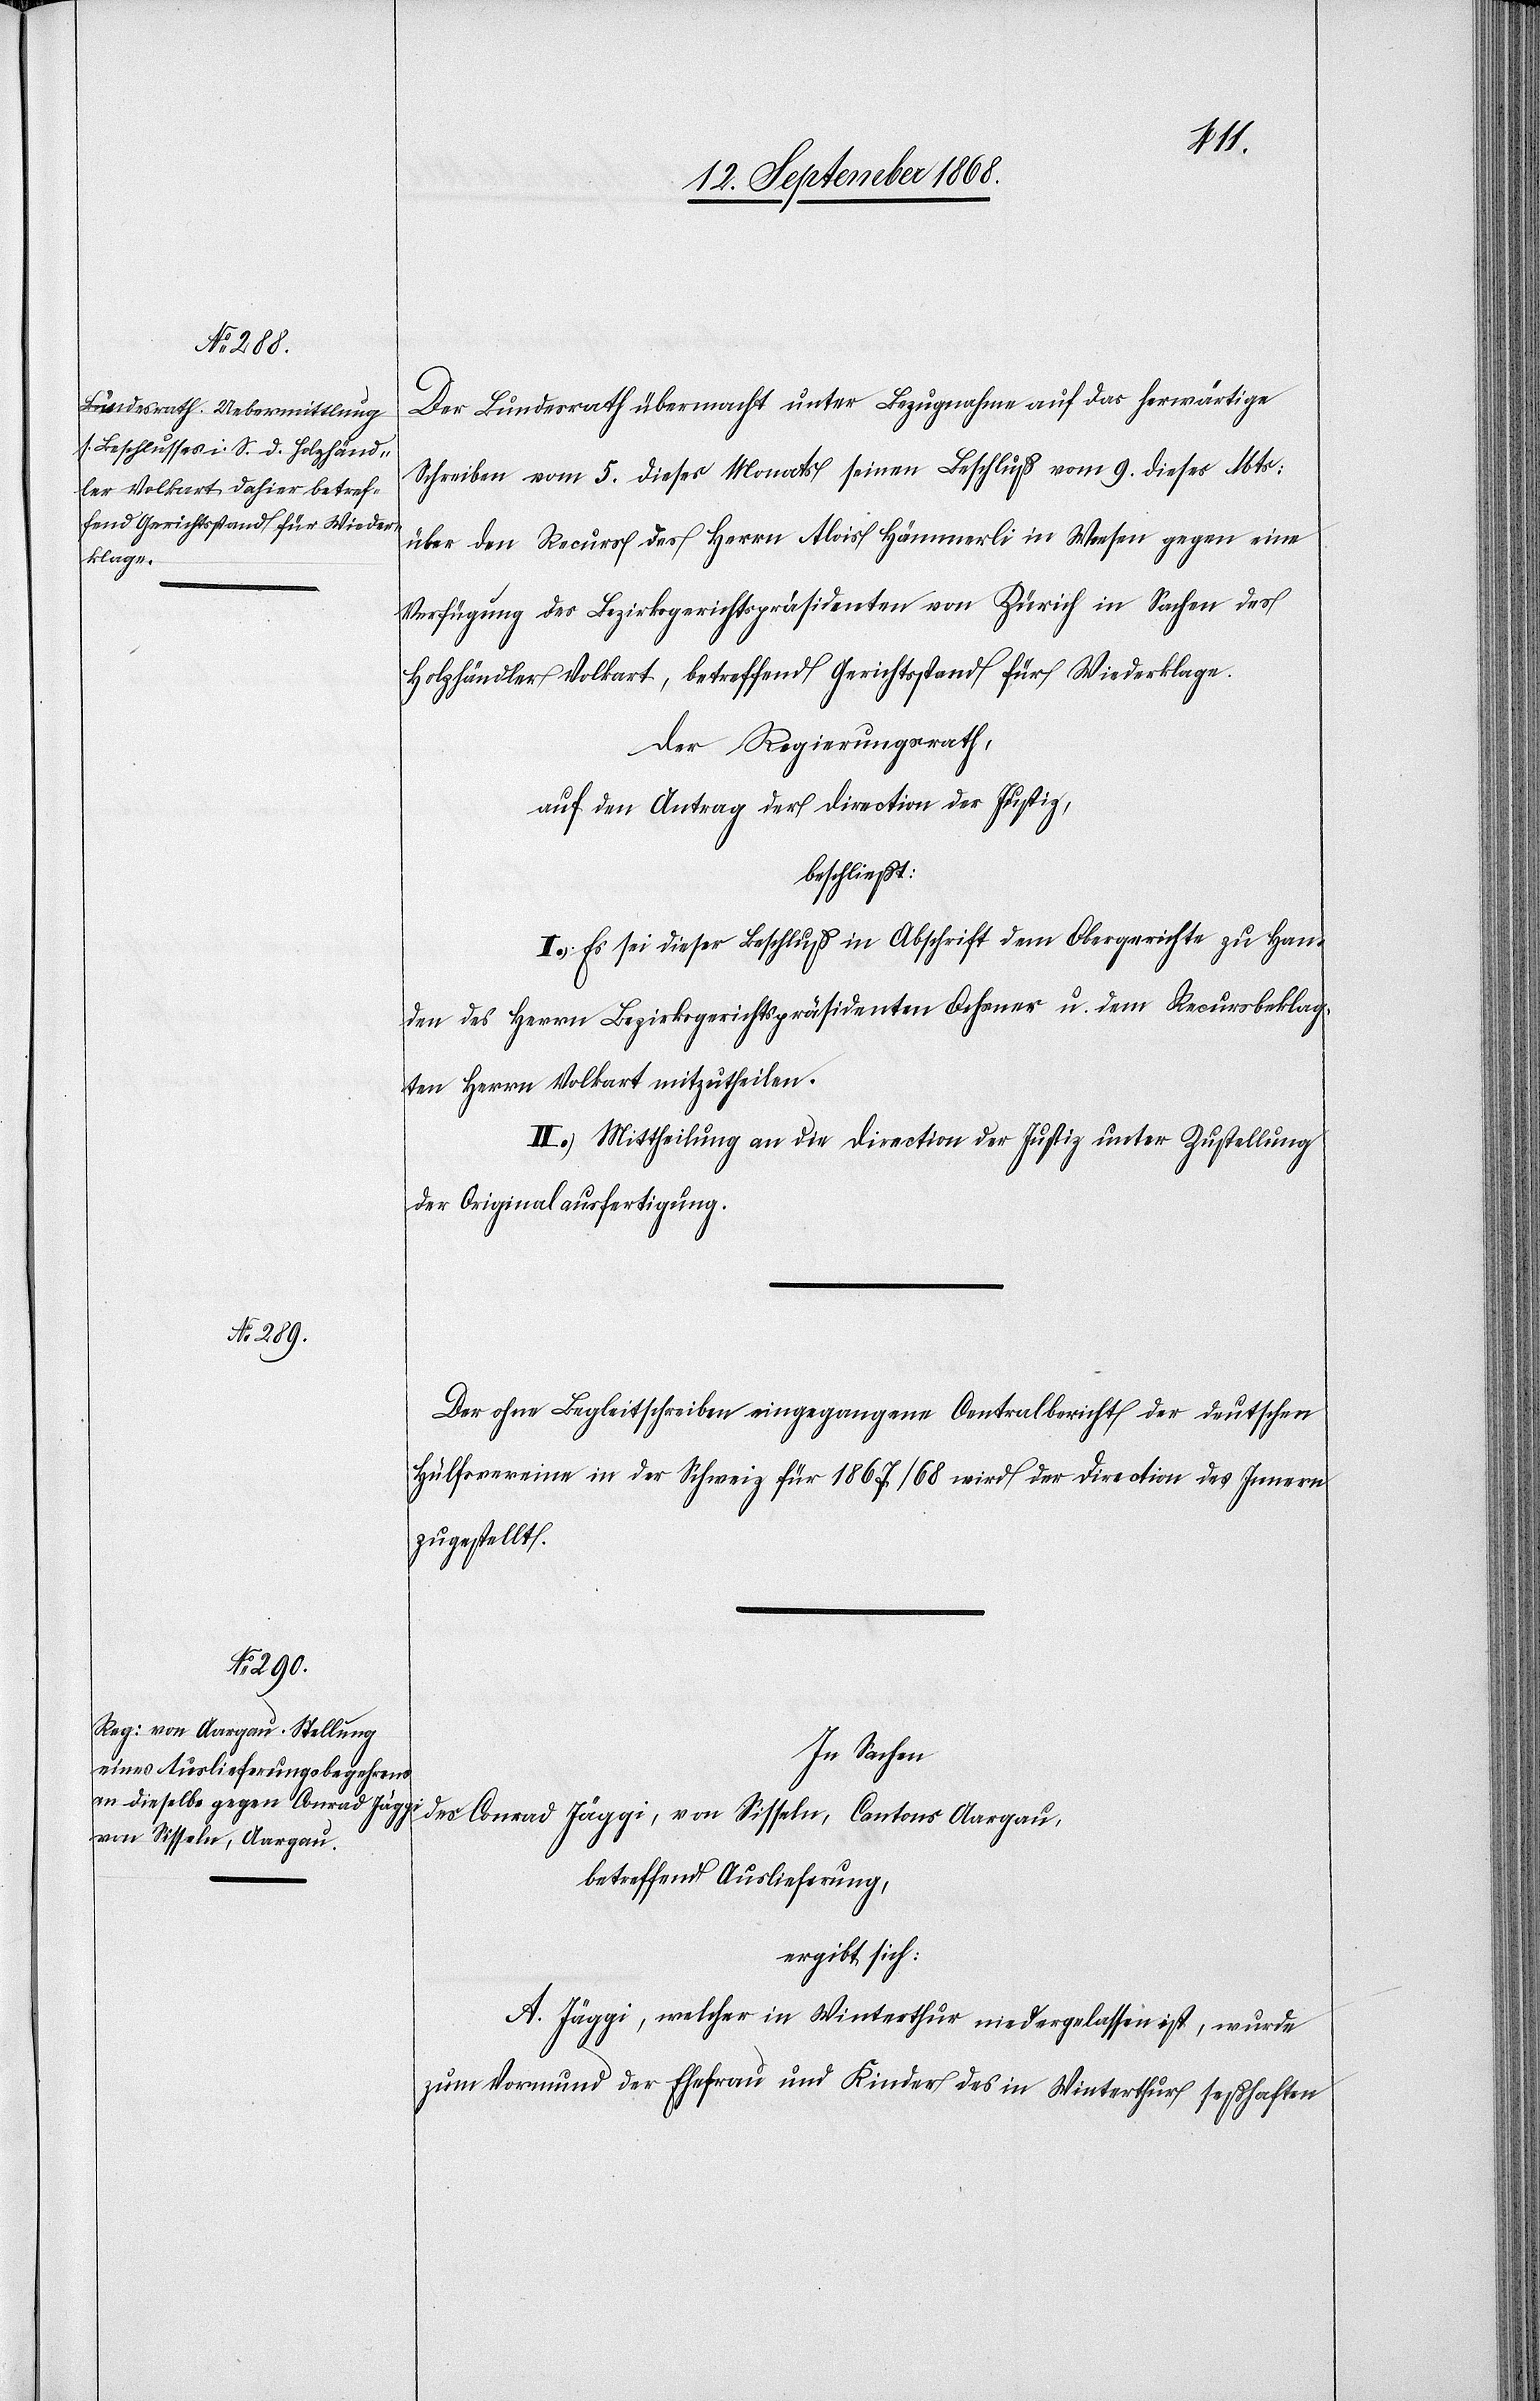
Der Bundesrath übermacht unter Bezugnahme auf das herwärtige
Schreiben vom 5. dieses Monats seinen Beschluß vom 9. dieses Mts:
über den Recurs des Herrn Alois Hämmerli in Weesen gegen eine
Verfügung des Bezirksgerichtspräsidenten von Zürich in Sachen des
Holzhändler Volkart, betreffend Gerichtsstand für Wiederklage.
Der Regierungsrath,
auf den Antrag der Direction der Justiz,
beschließt:
I.) Es sei dieser Beschluß in Abschrift dem Obergerichte zu Han¬
den des Herrn Bezirksgerichtspräsidenten Ochsner u. dem Recursbeklag¬
ten Herrn Volkart mitzutheilen.
II.) Mittheilung an die Direction der Justiz unter Zustellung
der Originalausfertigung.
Der ohne Begleitschreiben eingegangene Centralbericht der deutschen
Hülfsvereine in der Schweiz für 1867/68 wird der Direction des Innern
zugestellt.
In Sachen
des Conrad Jäggi, von Sisseln, Cantons Aargau,
betreffend Auslieferung,
ergibt sich:
A. Jäggi, welcher in Winterthur niedergelassen ist, wurde
zum Vormund der Ehefrau und Kinder des in Winterthur seßhaften